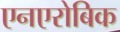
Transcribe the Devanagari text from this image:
एनएरोबिक